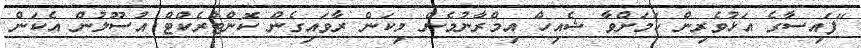
"ފައިސާގެ އަޅުވެރިން ކަމަށްވާ ޝެއިހް އިމްރާނުމެން މިކަން ރާވައިގެން ކޮންޓްރެކްޓް އުސޫލުން އެކަން